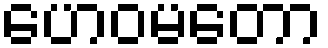
ဟေဝမတော